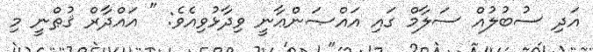
އަދި ސުބުލުއް ސަލާމް ގައި އައްޞަންޢާނީ ވިދާޅުވިއެވެ: " އައްދާރް ޤުޠްނީ މި